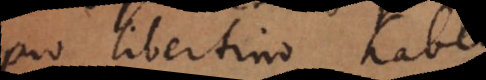
pro libertino habeatur.